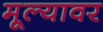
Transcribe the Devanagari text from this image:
मूल्यावर